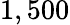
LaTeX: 1,500